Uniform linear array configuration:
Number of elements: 48
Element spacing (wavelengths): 0.5
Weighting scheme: uniform
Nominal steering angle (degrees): -30
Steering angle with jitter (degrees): -28.928
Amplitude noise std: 0.05
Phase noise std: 0.05

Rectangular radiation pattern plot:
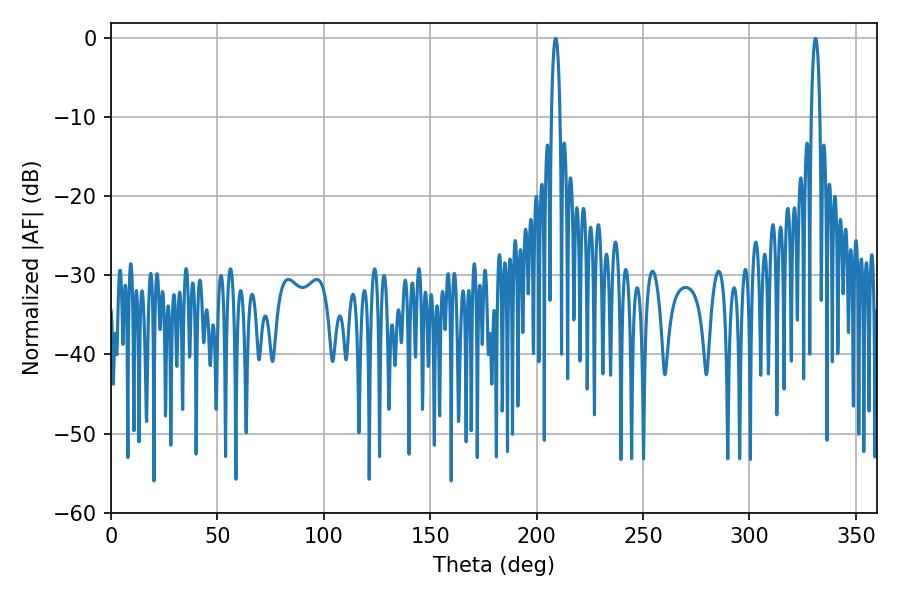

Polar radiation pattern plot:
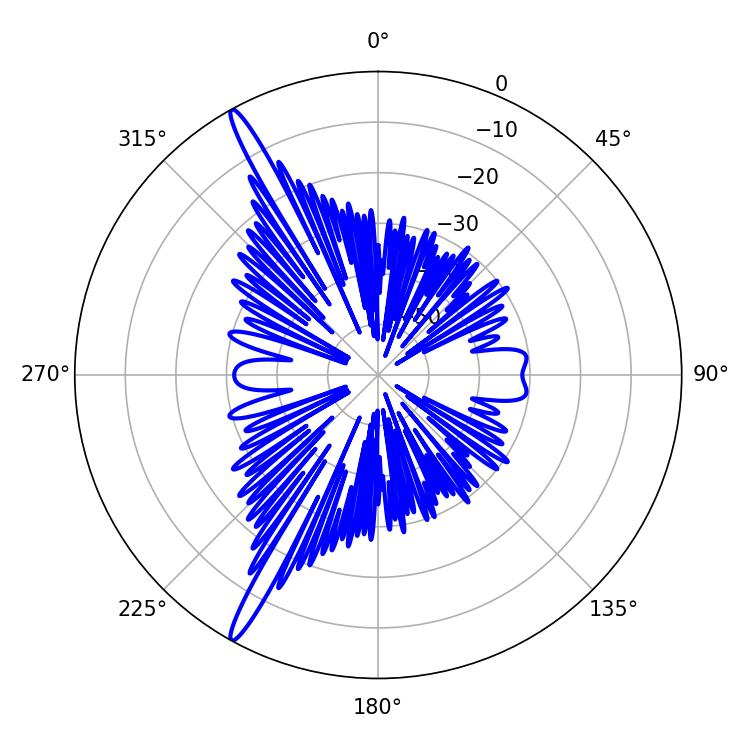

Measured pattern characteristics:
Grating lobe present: FALSE
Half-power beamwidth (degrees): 2.16
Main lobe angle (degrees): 331.02